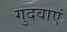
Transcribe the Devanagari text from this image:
गुदवाएं